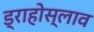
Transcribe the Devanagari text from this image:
ड्राहोस्लाव